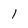
Character: 1